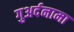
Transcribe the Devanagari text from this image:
गुअर्दनामा